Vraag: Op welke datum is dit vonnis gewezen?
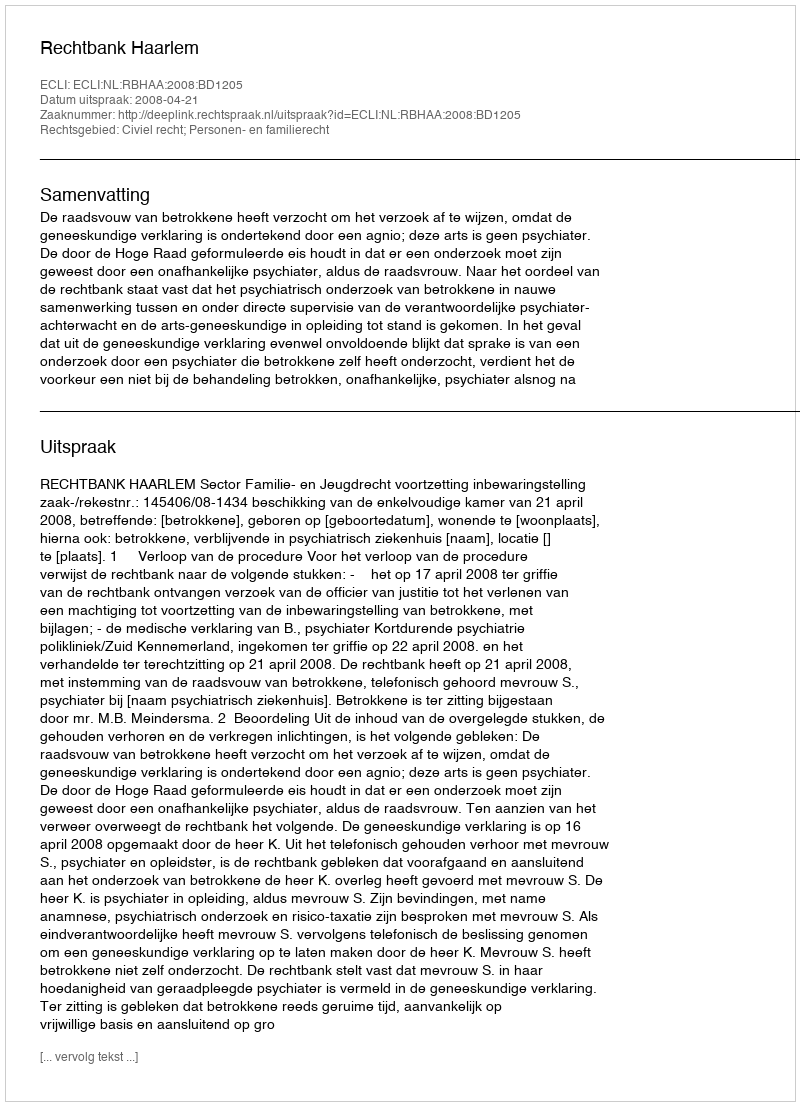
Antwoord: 2008-04-21